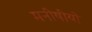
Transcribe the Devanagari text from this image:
मनीषीयो